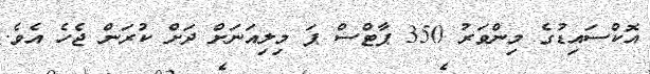
އޮކްސައިޑުގެ މިންވަރު 350 ޕާޓްސް ޕަ މިލިއަނަށް ދަށް ކުރަން ޖެހެ އެވެ.